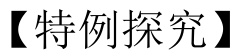
【特例探究】